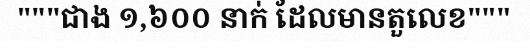
"""ជាង ១,៦០០ នាក់ ដែលមានតួលេខ"""